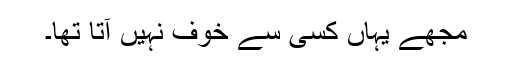
مجھے یہاں کسی سے خوف نہیں آتا تھا۔